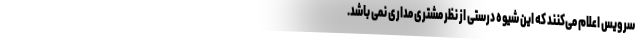
سرویس اعلام می‌کنند که این شیوه درستی از نظر مشتری مداری نمی باشد.